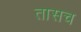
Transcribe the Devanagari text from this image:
तासच